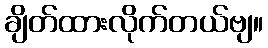
ချိတ်ထားလိုက်တယ်ဗျ။